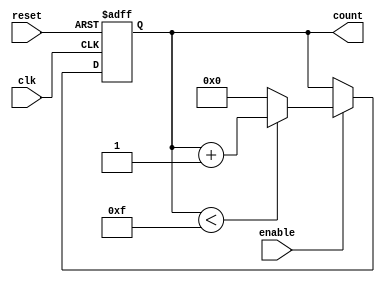
module parameterized_counter #(
    parameter WIDTH = 4,           // Bit-width of the counter
    parameter MAX_VALUE = 15       // Maximum count limit (less than or equal to 2^WIDTH-1)
) (
    input wire clk,                // Clock signal
    input wire enable,             // Enable signal for counting
    input wire reset,              // Asynchronous reset signal
    output reg [WIDTH-1:0] count   // Current value of the counter
);

// Asynchronous reset and counting logic
always @(posedge clk or posedge reset) begin
    if (reset) begin
        // Reset counter to 0 upon reset signal
        count <= 0;
    end else if (enable) begin
        // Increment counter if enabled
        if (count < MAX_VALUE) begin
            count <= count + 1;
        end else begin
            // Reset to 0 when reaching MAX_VALUE
            count <= 0;
        end
    end
end

endmodule